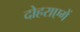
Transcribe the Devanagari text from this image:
दोहराएगें